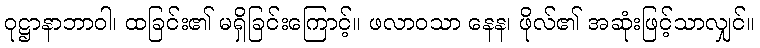
ဝုဋ္ဌာနာဘာဝါ၊ ထခြင်း၏ မရှိခြင်းကြောင့်။ ဖလာဝသာ နေန၊ ဖိုလ်၏ အဆုံးဖြင့်သာလျှင်။